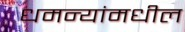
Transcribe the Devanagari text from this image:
धमन्यांमधील